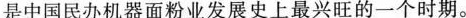
是中国民办机器面粉业发展史上最兴旺的一个时期。